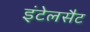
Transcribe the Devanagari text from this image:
इंटेलसैट